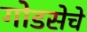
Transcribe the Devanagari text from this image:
गोडसेचे